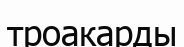
троакарды